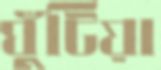
ঘুঁটিয়া